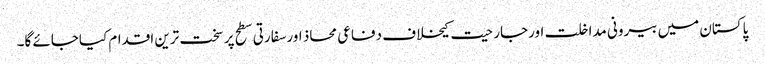
پاکستان میں بیرونی مداخلت اورجارحیت کیخلاف دفاعی محاذ اورسفارتی سطح پر سخت ترین اقدام کیاجائے گا۔